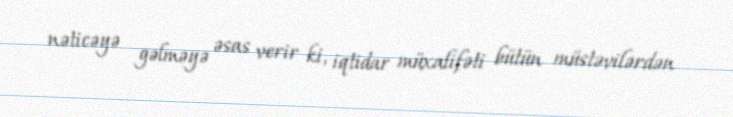
nəticəyə gəlməyə əsas verir ki, iqtidar müxalifəti bütün müstəvilərdən